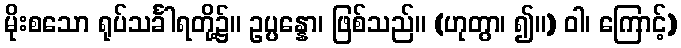
မိုးစသော ရုပ်သင်္ခါရတို့၌။ ဥပ္ပန္နော၊ ဖြစ်သည်။ (ဟုတွာ၊ ၍။) ဝါ၊ ကြောင့်)